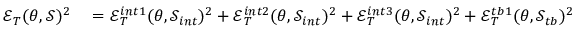
\begin{array} { r l } { \mathcal { E } _ { T } ( \theta , \mathcal { S } ) ^ { 2 } } & { { } = \mathcal { E } _ { T } ^ { i n t 1 } ( \theta , \mathcal { S } _ { i n t } ) ^ { 2 } + \mathcal { E } _ { T } ^ { i n t 2 } ( \theta , \mathcal { S } _ { i n t } ) ^ { 2 } + \mathcal { E } _ { T } ^ { i n t 3 } ( \theta , \mathcal { S } _ { i n t } ) ^ { 2 } + \mathcal { E } _ { T } ^ { t b 1 } ( \theta , \mathcal { S } _ { t b } ) ^ { 2 } } \end{array}